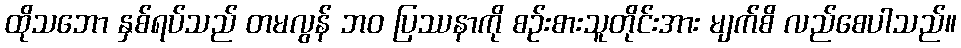
ထိုသဘော နှစ်ရပ်သည် တမလွန် ဘဝ ပြဿနာကို စဉ်းစားသူတိုင်းအား မျက်စိ လည်စေပါသည်။